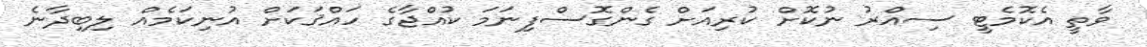
ވާތީ އެކޮމެޓީ ސިއްރު ނުކޮށް ކުރިއަށް ގެންގޮސްފިނަމަ ކުއްޖާގެ ހައްޤަކަށް އުނިކަމެއް ލިބިދާނެ